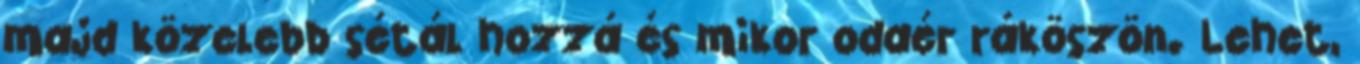
majd közelebb sétál hozzá és mikor odaér ráköszön. Lehet,